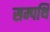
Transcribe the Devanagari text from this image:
सम्पथि